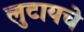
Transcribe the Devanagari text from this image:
लुटायचे